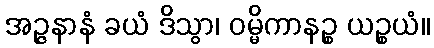
အဉ္ဇနာနံ ခယံ ဒိသွာ၊ ဝမ္မိကာနဉ္စ ယဉ္စယံ။